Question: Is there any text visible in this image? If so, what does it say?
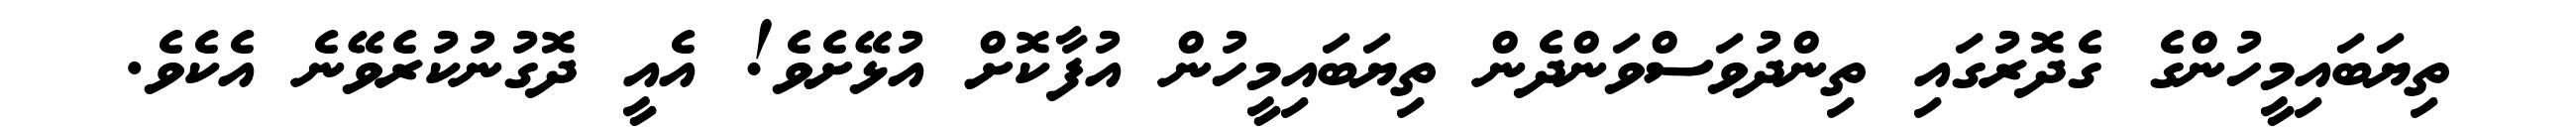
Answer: ތިޔަބައިމީހުންގެ ގެދޮރުގައި ތިންދުވަސްވަންދެން ތިޔަބައިމީހުން އުފާކޮށް އުޅޭށެވެ! އެއީ ދޮގުނުކުރެވޭނެ އެކެވެ.